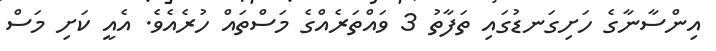
އިންސާނާގެ ހަށިގަނޑުގައި ތަފާތު 3 ވައްތަރެއްގެ މަސްތައް ހުރެއެވެ. އެއީ ކަށި މަސް